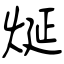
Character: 烻